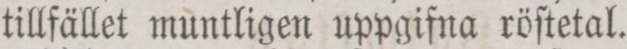
tillfället muntligen uppgifna röſtetal.